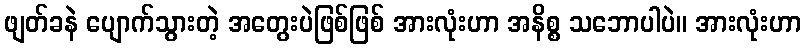
ဖျတ်ခနဲ ပျောက်သွားတဲ့ အတွေးပဲဖြစ်ဖြစ် အားလုံးဟာ အနိစ္စ သဘောပါပဲ။ အားလုံးဟာ